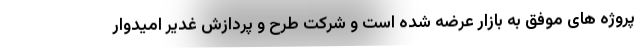
پروژه های موفق به بازار عرضه شده است و شرکت طرح و پردازش غدیر امیدوار